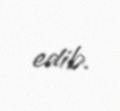
edib.